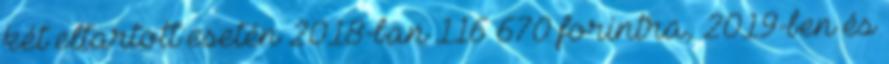
két eltartott esetén 2018-ban 116 670 forintra, 2019-ben és